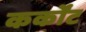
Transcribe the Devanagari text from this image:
कर्कोंट